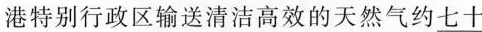
港特别行政区输送清洁高效的天然气约七十